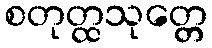
စတုတ္ထသုတ္တေ